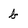
Character: b